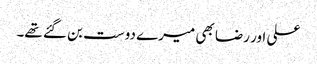
علی اور رضا بھی میرے دوست بن گئے تھے۔